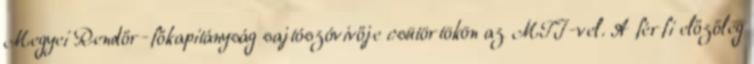
Megyei Rendőr-főkapitányság sajtószóvivője csütörtökön az MTI-vel. A férfi előzőleg